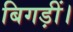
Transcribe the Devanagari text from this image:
बिगड़ीं।